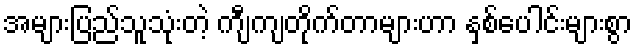
အများပြည်သူသုံးတဲ့ ကျီကျတိုက်တာများဟာ နှစ်ပေါင်းများစွာ